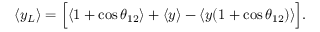
\langle y _ { L } \rangle = \Big [ \langle 1 + \cos \theta _ { 1 2 } \rangle + \langle y \rangle - \langle y ( 1 + \cos \theta _ { 1 2 } ) \rangle \Big ] .